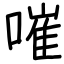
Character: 嗺